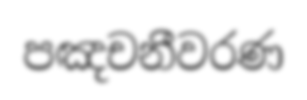
පඤචනීවරණ